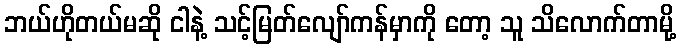
ဘယ်ဟိုတယ်မဆို ငါနဲ့ သင့်မြတ်လျော်ကန်မှာကို တော့ သူ သိလောက်တာမို့